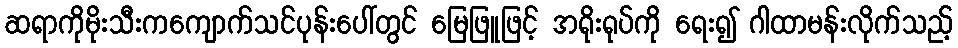
ဆရာကိုမိုးသီးကကျောက်သင်ပုန်းပေါ်တွင် မြေဖြူဖြင့် အရိုးရုပ်ကို ရေး၍ ဂါထာမန်းလိုက်သည့်